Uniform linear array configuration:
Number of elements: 16
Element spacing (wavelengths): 0.25
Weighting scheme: cosine
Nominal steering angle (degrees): -45
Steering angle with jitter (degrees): -44.611
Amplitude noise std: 0.05
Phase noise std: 0.05

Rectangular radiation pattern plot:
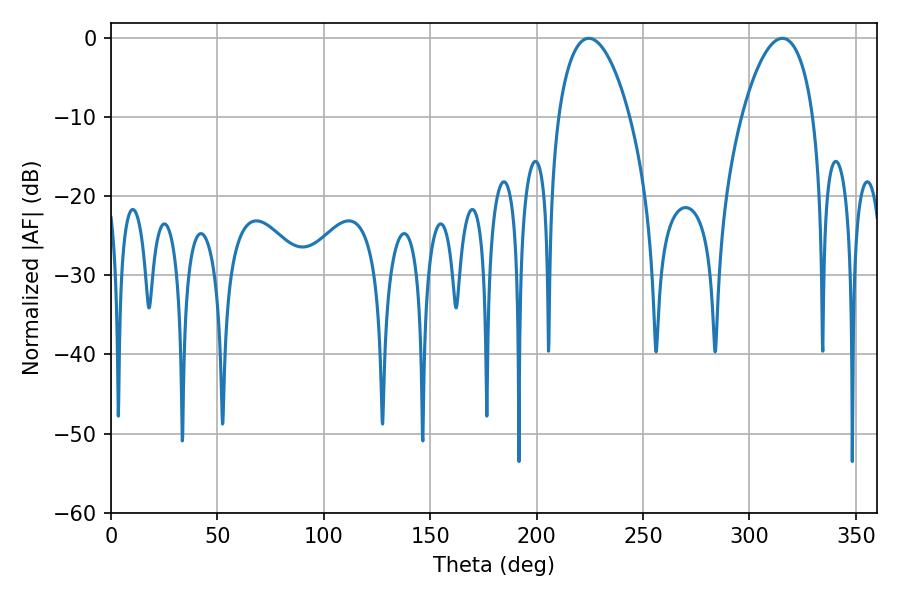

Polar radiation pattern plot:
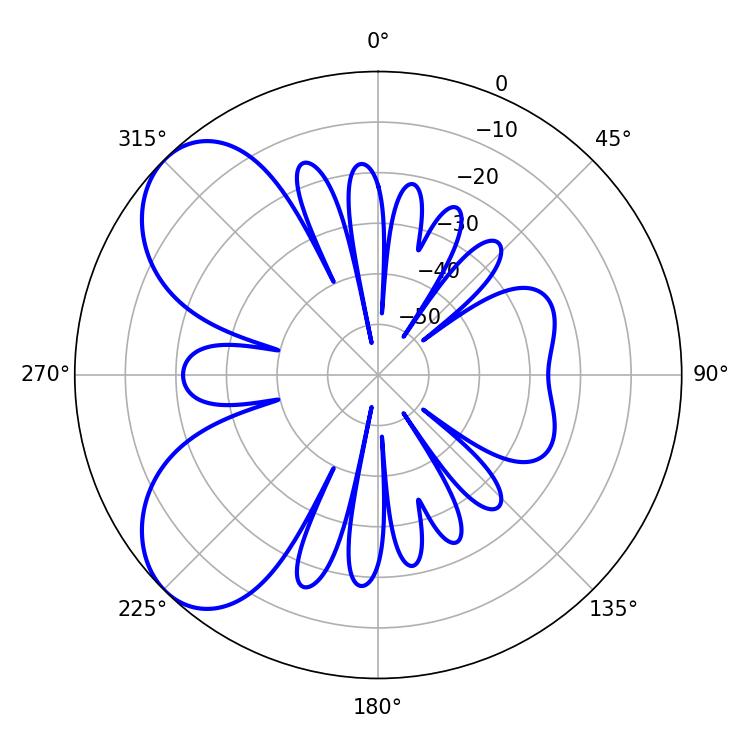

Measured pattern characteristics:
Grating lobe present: FALSE
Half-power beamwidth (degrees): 18.9
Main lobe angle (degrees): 224.46